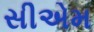
સીએમ